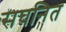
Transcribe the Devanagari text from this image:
सघनित